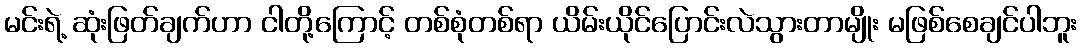
မင်းရဲ့ ဆုံးဖြတ်ချက်ဟာ ငါတို့ကြောင့် တစ်စုံတစ်ရာ ယိမ်းယိုင်ပြောင်းလဲသွားတာမျိုး မဖြစ်စေချင်ပါဘူး